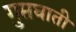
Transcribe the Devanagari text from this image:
गुप्तघाती